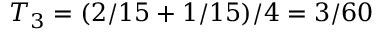
T _ { 3 } = ( 2 / 1 5 + 1 / 1 5 ) / 4 = 3 / 6 0